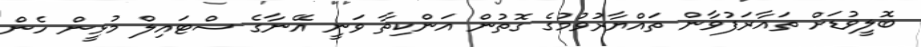
ބޮލީވުޑަށް ތައާރަފުވާން ތައްޔާރުވުމުގެ ގޮތުން އަންކިތާ ވަނީ އޭނާގެ ސްޓައިލް މުޅީން ހެން